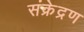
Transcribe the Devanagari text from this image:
संक्रेद्रण